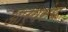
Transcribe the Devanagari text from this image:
आर्यसंघ